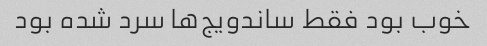
خوب بود فقط ساندویج‌ها سرد شده بود